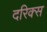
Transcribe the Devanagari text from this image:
दरिक्स